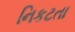
નિકટતા